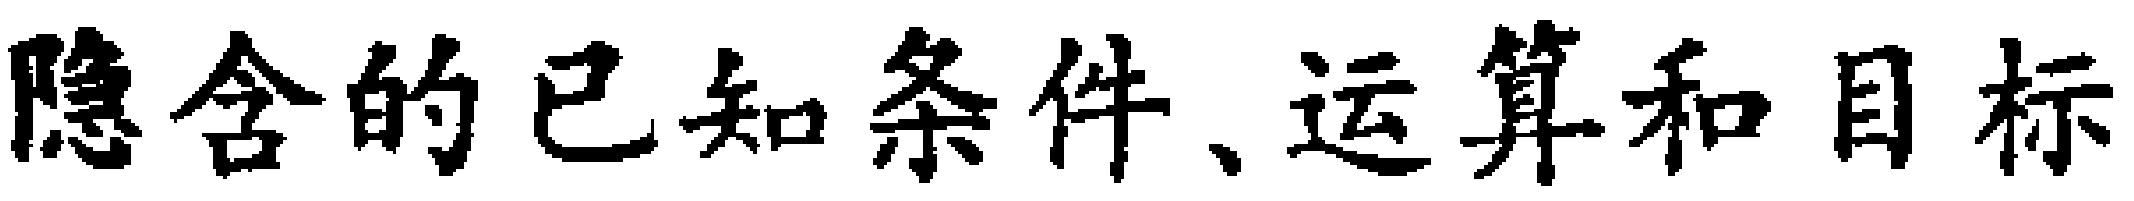
隐含的已知条件、运算和目标